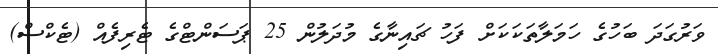
ވަރުގަދަ ބަހުގެ ހަމަލާތަކަކަށް ފަހު ޗައިނާގެ މުދަލުން 25 ޕަސަންޓްގެ ޓެރިފެއް (ޓެކްސް)